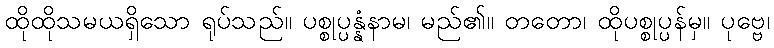
ထိုထိုသမယရှိသော ရုပ်သည်။ ပစ္စုပ္ပန္နံနာမ၊ မည်၏။ တတော၊ ထိုပစ္စုပ္ပန်မှ။ ပုဗ္ဗေ၊